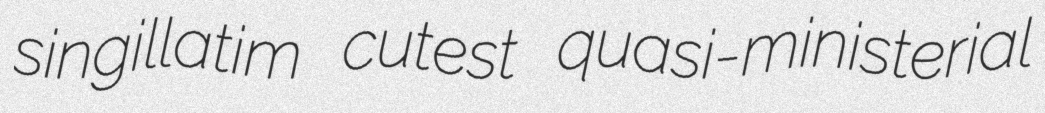
singillatim cutest quasi-ministerial